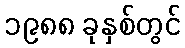
၁၉၈၈ ခုနှစ်တွင်